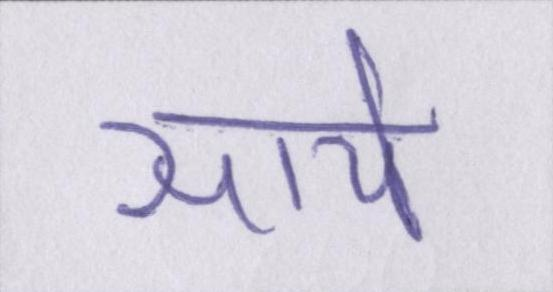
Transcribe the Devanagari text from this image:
साये